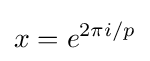
x=e^{2\pi i/p}